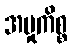
အမှုကိစ္စ